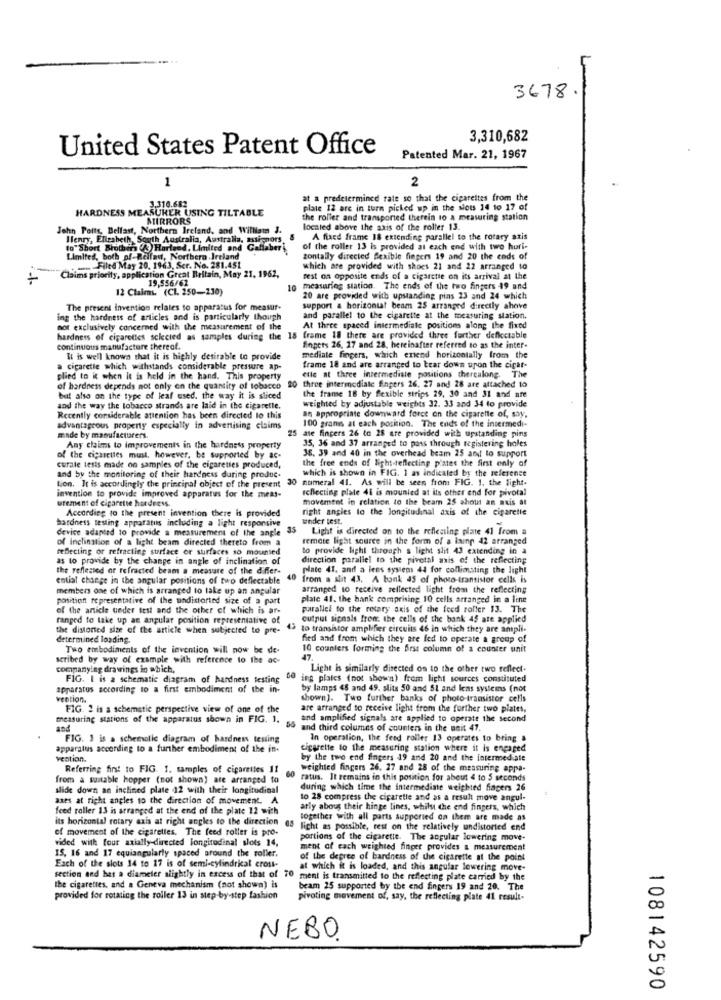
3678.
3,310,682
United States Patent Office
Patented Mar. 21, 1967
1
2
3.310.682
at a predetermined rate so that the cigarettes from the
HARDNESS MEASURER USING TILTABLE
plate 12 are in turn picked up in the slots 14 to 17 of
MIRRORS
the roller and transported therein to a measuring station
John Petty, Belfast, Northern Ireland, and William J
localed above the axis of the roller 13.
Henry, Elizabeth, South Australia, Australia, Alsno
A fixed frame 18 extending parallel to the rotary atis
to" Short Brothin (3) Harlead, Limited and
of the roller 13 is provided at each end with two huri-
Limited, both of-Belfast, Northern Ireland
zontally directed flexible fingers 19 and 20 the ends of
--
.. . Filed May 20, 1963, Ser. No. 281.451
which are provided with shoes 21 and 22 arranged to
"Claims priority, application Great Britain, May 21, 1962,
rest on opposite ends of a cigarette on its arrival at the
12 Claims. (C1. 250-230)
19,556/62
10
measuring station. The ends of the two fingers 19 and
20 are provided with upstanding pins 23 and 24 which
The present invention relates to apparatus for measut-
support a horizontat beam 25 arranged directly above
ing the hardness of articles and is particularly though
and parallel to the cigarette at the measuring station.
not exclusively concerned with the measurement of the
At three spaced intermediate positions along the fixed
hardness of cigarettes selected as samples during the 15 frame 18 there are provided three further deflectable
continuous manufacture thereof.
Engets 26, 27 and 28. hereinafter referred to as the inter-
It is well known that it is highly desirable to provide
mediate fingers, which entend horizontally from the
a cigarette which withstands considerable pressure ap-
frame 18 and are arranged to tear down upon the cigar-
plied to it when it is held in the hand. This property
etle at three intermediate positions therealong. The
of hardness depends not only on the quantity of tobacco
20 three intermediate fingers 26. 27 and 28 are attached to
the frame 18 by flexible strips 29, 30 and 31 and are
but also on the type of leaf used, the way it is sliced
weighted by adjustable weights 32. 33 and 34 to provide
and the way the tobacco strands are laid in the cigaretle.
Recently considerable attention has been directed to this
100 granis at each position. The ends of the intermedi-
an appropriate downward force on the cigarette of, say.
advantageous property especially in advertising claims
made by manufacturers.
25 ate fingers 26 to 28 are provided with upstanding pins
Any claims to improvements in the hardness property
38. 39 and 40 in the overhead beam 25 and to support
35, 36 and 37 arranged to pass through registering holes
of the cigarettes must, however, be supported by ac-
the free ends of light-reflecting plates the first only of
curale tests made on samples of the cigarettes produced,
which is shown in FIG. 1 as indicated by the reference
and by the monitoring of their hardness during produc.
Lion. It is accordingly the principal object of the present 30 numeral 41. As will be seen from FIG. 1. the fight.
reflecting plate 41 is mounted at its other end for pivotal
invention to provide improved apparatus for the meas-
urement of cigarette hurdress.
movement in relation to the beam 25 about an axis at
According to the present invention there is provided
right angles to the longitudinal axis of the cigarette
hardness testing apparatus including a light responsive
under test.
device adapted to provide a measurement of the angle
35
Light is directed on to the reflecting plate 41 from a
of inclination of a light beam directed thereto from a
remote light source in the form of a laing 42 arranged
reflecting or refracting surface or surfaces so mounted
to provide light through s light slit 43 extending in a
as to provide by the change in angle of inclination of
direction parallel to the pivotal axis of the reflecting
the reflected or refracted beam a measure of the differ-
plate 41, and a lens systems 44 for collimating the light
ential change in the angular positions of two deflectable
40
from a slit 43, A bank 45 of photo-transistor cells is
members one of which is arranged to take up an angular
arranged to receive sellected light from the reflecting
position representative of the undistorted size of a part
platc 41. the hank comprising 10 cells arranged in a line
of the article under test and the other of which is ar-
parallel to the rotary axis of the feed roller 13. The
ranged to take up as angular position representative of
output signals from. the cells of the bank 45 are applied
the distorted size of the article when subjected to pre-
to transistor amplifier circuits 46 in which they are ampli-
determined loading.
fied and from which they are fed to operate a group of
Two embodiments of the invention will now be de-
10 counters forming the first column of a counter unit
scribed by way of example with reference to the ac-
47.
companying drawings in which,
Light is similarly directed on to the other two reflect.
FIG. I is a schematic diagram of hardness testing
60
ing plaies (not shown) from light sources constituted
apparatus according to a first embodiment of the in-
by lamps 48 and 49. slits 50 and 51 and lens systems (not
vention.
shown]. Two further banks of photo-transistor cells
FIG. 2 is a schematic perspective view of one of the
are arranged to receive light from the further two plates,
measuring stations of the apparatus shown in FIG. 1.
and amplified signals are applied to operate the second
and
and third columns of counters in the unit 41.
FIG. 1 is a schematic diagram of hardness testing
In operation, the feed roller 13 operates to bring &
apparatus according to a further embodiment of the in-
cigarette to the measuring station where it is engaged
vention.
by the two end fingers 19 and 20 and the intermediate
Referring fint to FIG. 1. samples of cigarettes 11
60
weighted fingers 26. 27 and 28 of the measuring appa-
from a suitable hopper (not shown) are arranged to
ratus. It remains in this position for about 4 to 5 seconds
slide down an inclined plate 12 with their longitudinal
during which time the Intermediate weighted fingers 26
axes at right angles to the direction of movement. A
to 28 compress the cigaretle and as a result move angul-
feed roller 13 is arranged at the end of the plate 12 with
arly about their hinge lines, whilst the end fingers, which
its horizontal rotary axis at right angles to the direction
together with all parts supported on them are made as
of movement of the cigarettes. The feed roller is pro-
05 light as possible, test on the relatively undistorted end
vided with four axially-directed longitudinal slots 14,
portions of the cigarette. The angular lowering move-
15, 16 and 17 equiangularly spaced around the roller.
ment of each weighted finger provides & measurement
of the degree of hardness of the cigarette at the point
Each of the slots 14 to 17 is of semi-cylindrical cross-
at which it is loaded, and this angular lowering move-
section and has a diameter slightly in excess of that of 70 ment is transmitted to the reflecting plate carried by the
the cigarettes, and a Geneva mechanism (not shown) is
beam 25 supported by the end fingers 19 and 20. The
provided for rotating the roller 13 in step-by-step fashion
pivoting movement of, say, the reflecting plate 41 result-
NEBO.
108142590